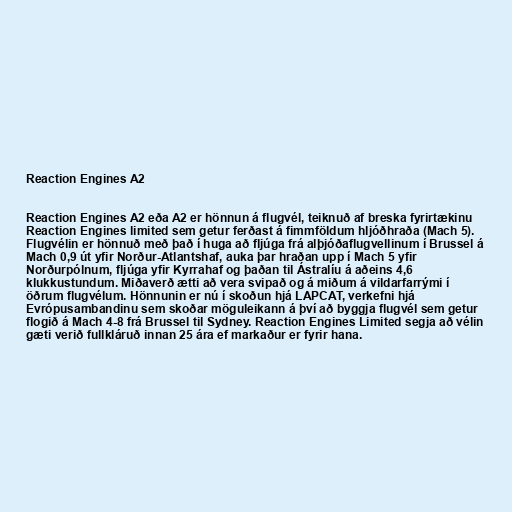
Reaction Engines A2

Reaction Engines A2 eða A2 er hönnun á flugvél, teiknuð af breska fyrirtækinu
Reaction Engines limited sem getur ferðast á fimmföldum hljóðhraða (Mach 5).
Flugvélin er hönnuð með það í huga að fljúga frá alþjóðaflugvellinum í Brussel á
Mach 0,9 út yfir Norður-Atlantshaf, auka þar hraðan upp í Mach 5 yfir
Norðurpólnum, fljúga yfir Kyrrahaf og þaðan til Ástralíu á aðeins 4,6
klukkustundum. Miðaverð ætti að vera svipað og á miðum á vildarfarrými í
öðrum flugvélum. Hönnunin er nú í skoðun hjá LAPCAT, verkefni hjá
Evrópusambandinu sem skoðar möguleikann á því að byggja flugvél sem getur
flogið á Mach 4-8 frá Brussel til Sydney. Reaction Engines Limited segja að vélin
gæti verið fullkláruð innan 25 ára ef markaður er fyrir hana.